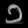
Digit: ၁